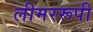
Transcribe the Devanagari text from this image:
लीमररूपी